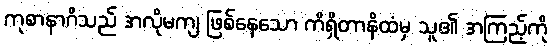
ကုစာနာဂိသည် အလိုမကျ ဖြစ်နေသော ကိရှိတာနိထံမှ သူ၏ အကြည့်ကို